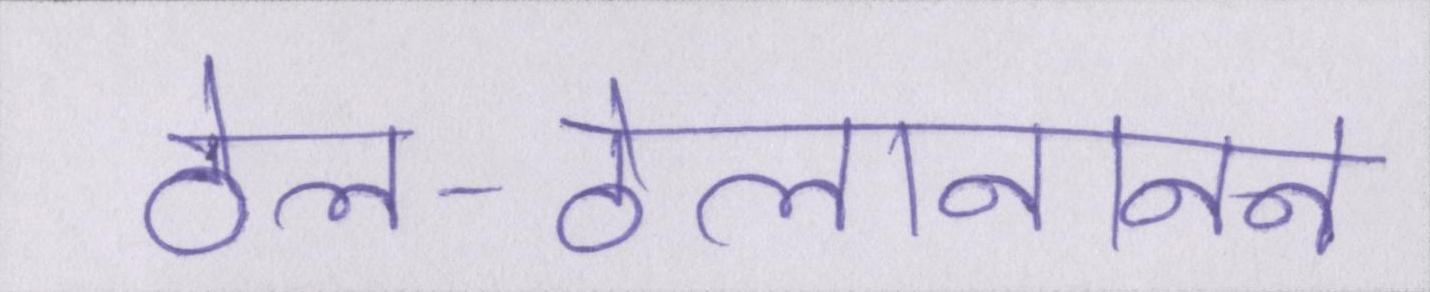
ठेल-ठेलानानन